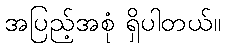
အပြည့်အစုံ ရှိပါတယ်။